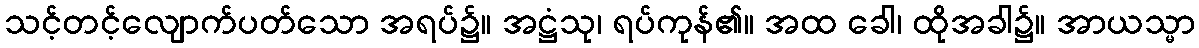
သင့်တင့်လျောက်ပတ်သော အရပ်၌။ အဋ္ဌံသု၊ ရပ်ကုန်၏။ အထ ခေါ၊ ထိုအခါ၌။ အာယသ္မာ